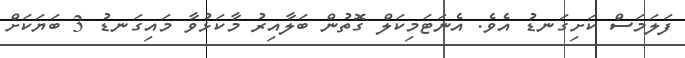
ފަލަމަސް ކަށިގަނޑު އެވެ. އެނަޓަމިކަލް ގޮތުން ބަލާއިރު މާކަޅުވާ މައިގަނޑު 3 ބަޔަކަށް